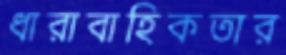
ধারাবাহিকতার